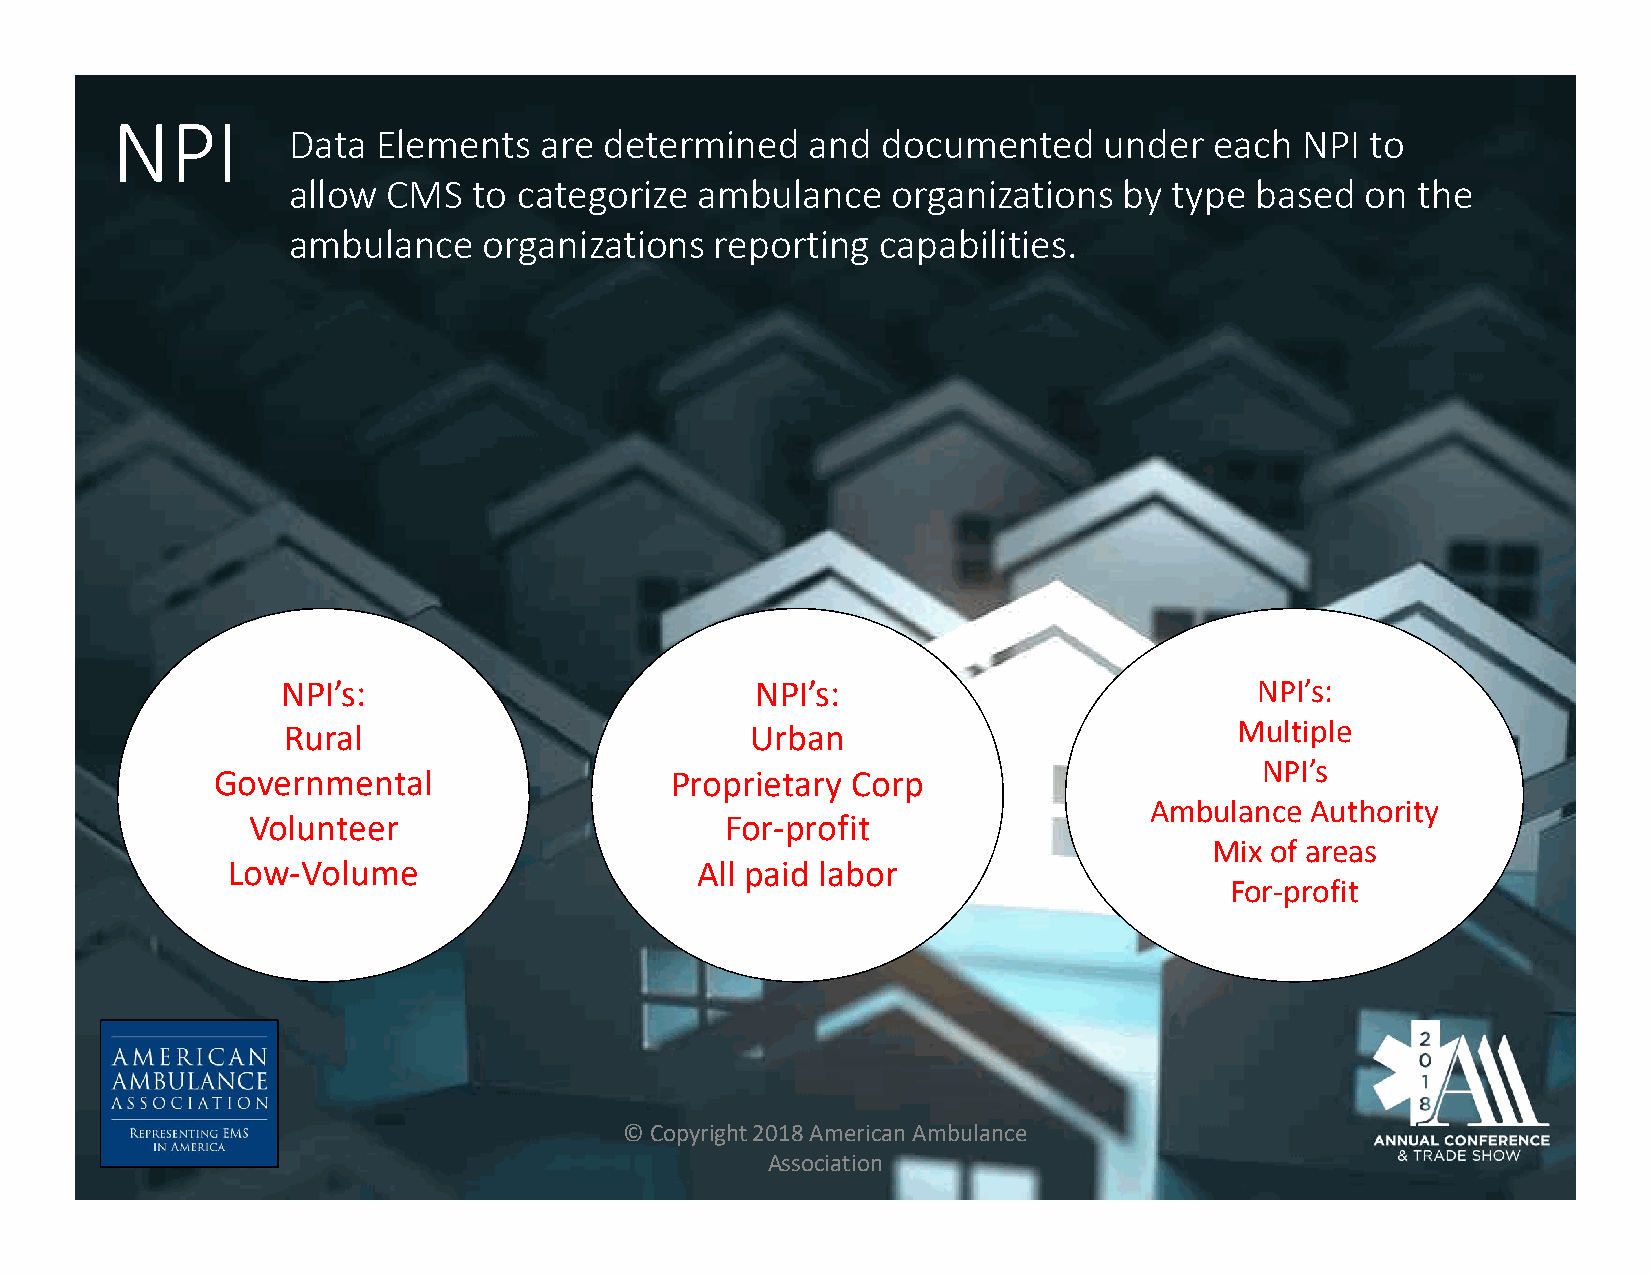
NPI
 Data  Elements   are determined    and documented     under  each  NPI  to
 allow  CMS  to categorize  ambulance    organizations  by  type based  on  the
 ambulance    organizations  reporting  capabilities.
 NPI’s:                         NPI’s:                           NPI’s:
 Rural                          Urban                           Multiple
 NPI’s
 Governmental                  Proprietary Corp
 Ambulance  Authority
 Volunteer                       For-profit
 Mix of areas
 Low-Volume                     All paid labor
 For-profit
 © Copyright 2018 American Ambulance
 Association